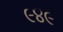
૯૪૯